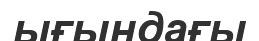
ығындағы